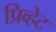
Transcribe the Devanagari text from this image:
प्रिव्हेट